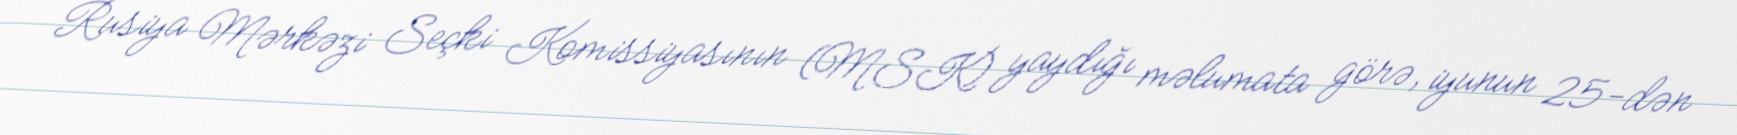
Rusiya Mərkəzi Seçki Komissiyasının (MSK) yaydığı məlumata görə, iyunun 25-dən